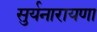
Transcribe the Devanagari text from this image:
सुर्यनारायणा